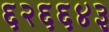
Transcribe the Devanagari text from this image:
६२६६४३